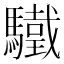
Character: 驖